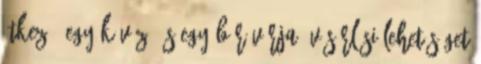
étkező, egy kávézó és egy bár várja. Vásárlási lehetőséget